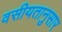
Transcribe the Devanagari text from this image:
वसीयतानुसार